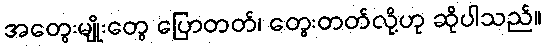
အတွေးမျိုးတွေ ပြောတတ်၊ တွေးတတ်လို့ဟု ဆိုပါသည်။